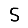
Digit: 5